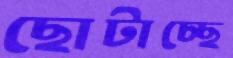
ছোটাচ্ছে